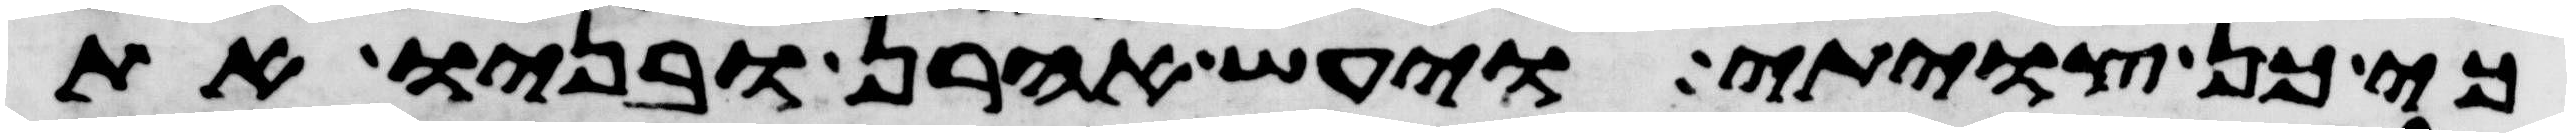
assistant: כי כן צויתי ויעש אהרן ובניו את